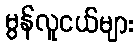
မွန်လူငယ်များ